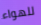
للهواء